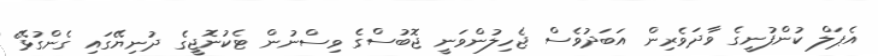
އެޕަލް ކުންފުނީގެ ވާދަވެރިން އަބަދުވެސް ޖެހިލުންވަނީ ޖޮބުސްގެ ވިސްނުން ޓެކުނޮޖީގެ ދުނިޔޭގައި ގެންގުޅޭ